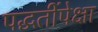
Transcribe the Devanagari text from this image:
पद्धतींपेक्षा